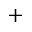
^ +